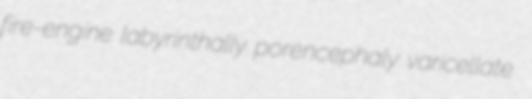
fire-engine labyrinthally porencephaly varicellate